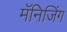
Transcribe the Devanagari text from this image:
मॅनिजिंग